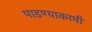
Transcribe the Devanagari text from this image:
पाडण्याकामी